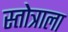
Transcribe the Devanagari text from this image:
स्तोत्राला